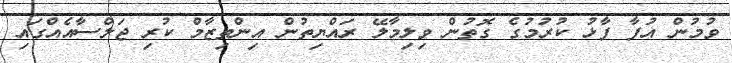
ވުމުން އުފާ ފާޅު ކުރުމުގެ ގޮތުން ވިލިމާލޭ ރައްޔިތުން އިންތިޒާމް ކުރި ޖަލްސާއެއްގައި